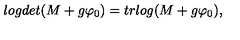
l o g d e t ( M + g \varphi _ { 0 } ) = t r l o g ( M + g \varphi _ { 0 } ) ,